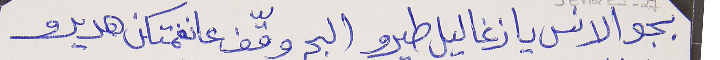
بجو الانس يا زغاليل طيرو البحر وقّف عا نغمتكن هديرو